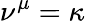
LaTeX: \nu^{\mu}=\kappa